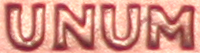
UNUM